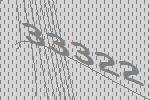
33322